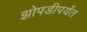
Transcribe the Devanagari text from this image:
झोपडीपर्यंत